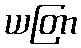
ယတြာ